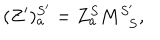
LaTeX: ( Z ^ { \prime } ) _ { a } ^ { S ^ { \prime } } = Z _ { a } ^ { S } M _ { \; \; S } ^ { S ^ { \prime } } ,